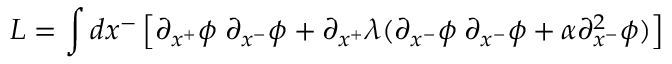
L = \int d x ^ { - } \left[ \partial _ { x ^ { + } } \phi \; \partial _ { x ^ { - } } \phi + \partial _ { x ^ { + } } \lambda ( \partial _ { x ^ { - } } \phi \; \partial _ { x ^ { - } } \phi + \alpha \partial _ { x ^ { - } } ^ { 2 } \phi ) \right]